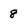
Character: 8